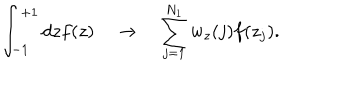
\int _ { - 1 } ^ { + 1 } d z f ( z ) \quad \rightarrow \quad \sum _ { j = 1 } ^ { N _ { 1 } } w _ { z } ( j ) f ( z _ { j } ) .